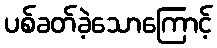
ပစ်ခတ်ခဲ့သောကြောင့်